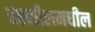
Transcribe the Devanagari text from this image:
तहसीलमधील